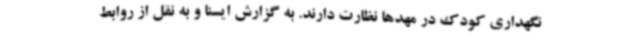
نگهداری کودک در مهدها نظارت دارند. به گزارش ایسنا و به نقل از روابط